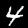
Label: 4